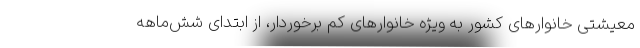
معیشتی خانوارهای کشور به ویژه خانوارهای کم برخوردار، از ابتدای شش‌ماهه